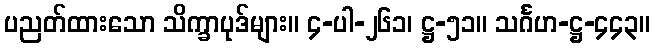
ပညတ်ထားသော သိက္ခာပုဒ်များ။ ၄-ပါ-၂၆၁၊ ဋ္ဌ-၅၁။ သင်္ဂဟ-ဋ္ဌ-၄၄၃။